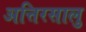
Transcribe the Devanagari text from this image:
अत्तिरसालु